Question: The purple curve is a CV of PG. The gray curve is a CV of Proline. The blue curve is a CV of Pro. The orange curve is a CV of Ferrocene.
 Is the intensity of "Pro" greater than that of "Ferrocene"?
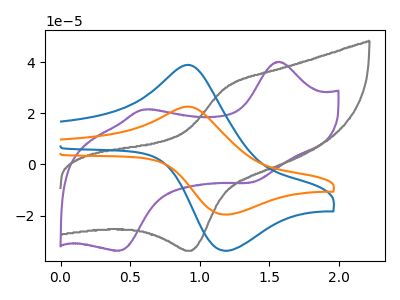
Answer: <think>The purple curve "PG" has anodic peaks at (1.55V, 40.10uA) (0.60V, 21.40uA) and cathodic peaks at (1.35V, -7.10uA) (0.40V, -33.75uA). The gray curve "Proline" has an anodic peak at (1.20V, 30.00uA) and a cathodic peak at (0.95V, -33.75uA). The blue curve "Pro" has an anodic peak at (0.95V, 38.65uA) and a cathodic peak at (1.20V, -33.75uA). The orange curve "Ferrocene" has an anodic peak at (0.95V, 22.45uA) and a cathodic peak at (1.20V, -19.60uA).
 All the peaks in "Pro" have a peak in "Ferrocene" at the same potential. Every peak in "Pro" is higher than every peak in "Ferrocene".</think>
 <answer>"Pro" has more signal than "Ferrocene".</answer>
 <eval>more_signal</eval>